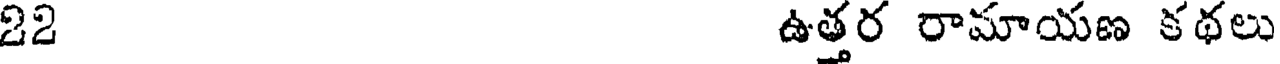
22 ఉత్తర రామాయణ కథలు